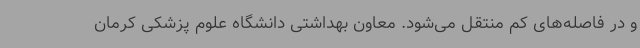
و در فاصله‌های کم منتقل می‌شود. معاون بهداشتی دانشگاه علوم پزشکی کرمان